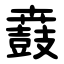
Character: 鼖